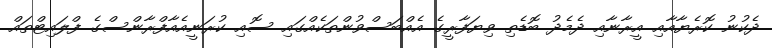
ދެކުނު ކޮރެޔާއާއި އީރާނާއި ދެމެދު ބޮޑެތި ވިޔަފާރީގެ އެއްބަސްވުންތަކެއްގައި ސޮއި ކުރަނީއެއާފްރާންސްގެ ފްލައިޓްތައް